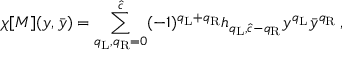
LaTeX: \chi [ { \cal M } ] ( y , \bar { y } ) = \sum _ { q _ { \mathrm { L } } , q _ { \mathrm { R } } = 0 } ^ { \hat { c } } ( - 1 ) ^ { q _ { \mathrm { L } } + q _ { \mathrm { R } } } h _ { q _ { \mathrm { L } } , \hat { c } - q _ { \mathrm { R } } } y ^ { q _ { \mathrm { L } } } \bar { y } ^ { q _ { \mathrm { R } } } \, ,